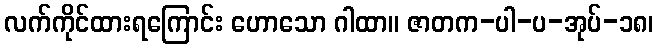
လက်ကိုင်ထားရကြောင်း ဟောသော ဂါထာ။ ဇာတက-ပါ-ပ-အုပ်-၁၈၊